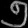
Digit: ၅